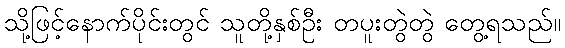
သို့ဖြင့်နောက်ပိုင်းတွင် သူတို့နှစ်ဦး တပူးတွဲတွဲ တွေ့ရသည်။